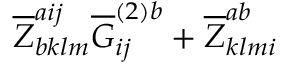
\overline { { { Z } } } _ { b k l m } ^ { a i j } \overline { { { G } } } _ { i j } ^ { ( 2 ) b } + \overline { { { Z } } } _ { k l m i } ^ { a b }